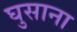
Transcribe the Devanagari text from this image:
घुसाना